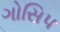
ગોસિપ